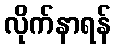
လိုက်နာရန်